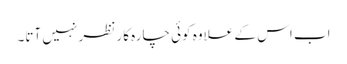
اب اس کے علاوہ کوئی چارہ کار نظر نہیں آتا۔